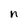
Character: n